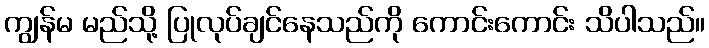
ကျွန်မ မည်သို့ ပြုလုပ်ချင်နေသည်ကို ကောင်းကောင်း သိပါသည်။